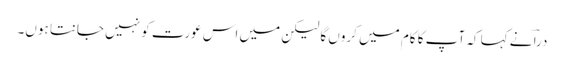
دراؔ نے کہا کہ آپ کا کام میں کروں گا لیکن میں اس عورت کو نہیں جانتا ہوں۔